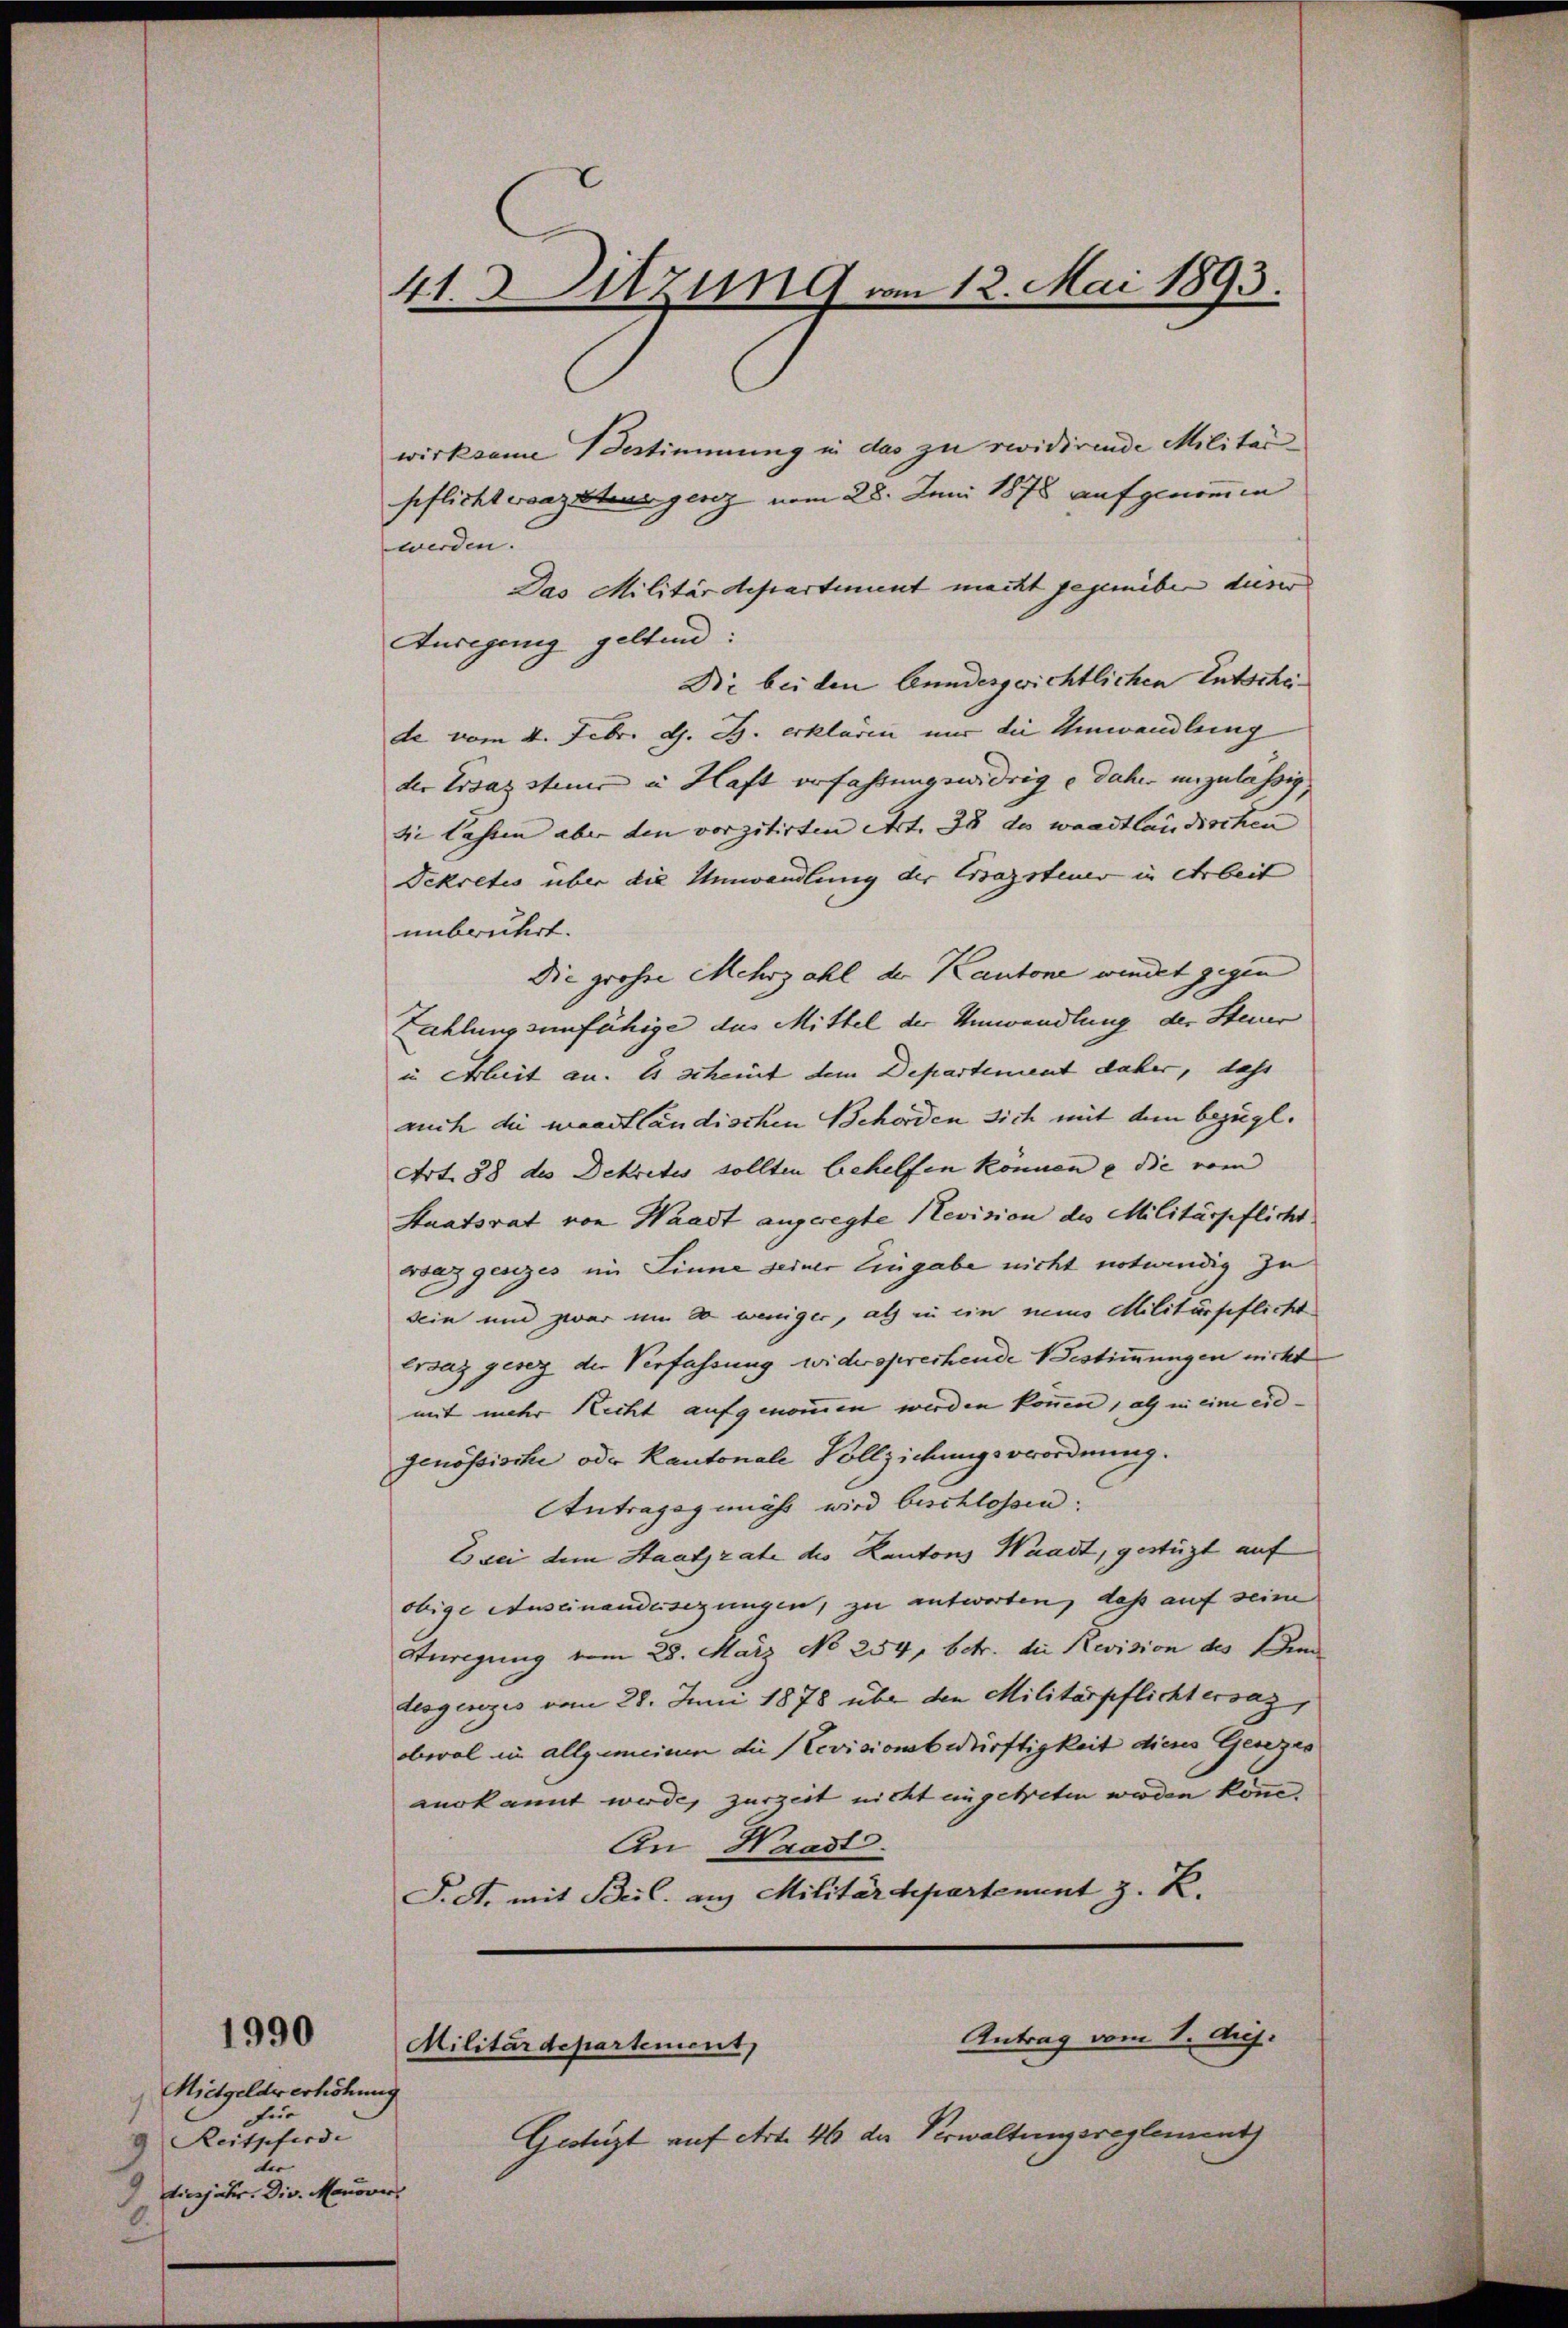
1990

Mietgeldverhöhung
3
für
2 Reitpferde
dee |
diesjähr. Div. Manöver,
.

41. Sitzung vom 12. Mai 1893.

wirksame Bestimmung in das zu revidirende Militär
pflicht vorzutungenz vom 28. Juni 1878 aufgenommen |
werden.
Das Militärdepartement macht gegenüber dieser |
Anregung geltend:
Br beiden bundesgerichtlichen Entschede vom 4. Febr. d. J. erklären nur die Umwandlung
der Ersazsteur in Haft erfahrungswidrige daher unzulässig,
Sie lassen aber den vorzitirten Art. 38 des waadtländischen
Dekretis über die Umwandlung der Ersatzsteuer in Arbeit
unbrütert.
Die grosse Mehrzahl der Kantone windet gegen
Zahlung sunfähige das Mittel der Umwandlung der Steuer
in Arbeit an. Es scheint dem Departement daher, dass
auch die maastländischen Behörden sich mit dem bezügl.
Art. 88 des Dekretes sollten behelfen können u die vom
Staatsrat von Waadt angeregte Nevision des Militärpflicht
waz gesezes im Linne seiner Eingabe nicht notwendig zu
sein und zwar um so weniger, als in ein meins Militärpflicht
Ersaz gesez der Verfassung widersprechende Bestimmungen nicht
mit mehr Recht aufgenommen werden können, als in eine eidgenössische oder Kantonale Vollziehungsverordnung.
Antragsgemäß wird beschlossen.
Es sei dem Staatsrate des Kantons Waadt, gestützt auf
obige Auseinandersezungen, zu antworten, daß auf seine
Steigung vom 28. März No 254, betr. die Revision des Bin
desgenzes vom 28. Juni 1878 über den Militärpflichtersaz,
oberal in allgemeinen die Levisionsbedürftigkeit dieses Gesezes
aurkannt werde, zurzeit nicht eingetreten werden könne.
An Haast.
Pct. mit Beil. aus Militärdepartement z. K.

Antrag vom 1. Aug.
Militärdepartement,

Gestüzt auf Art. 46 der Verwaltungsreglement